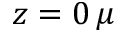
z = 0 \, \mu